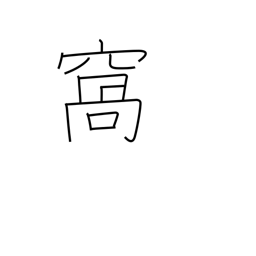
Meaning: pouch